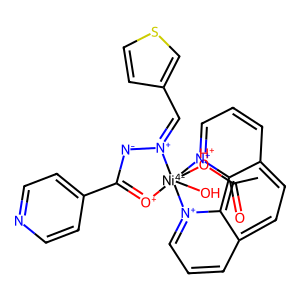
SMILES: CC(=O)[OH+][Ni-4]12(O)([O+]=C(c3ccncc3)[N-][N+]1=Cc1ccsc1)[n+]1cccc3ccc4ccc[n+]2c4c31
Inhibits HIV replication: No